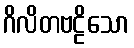
ဂိလိတဗဠိသော